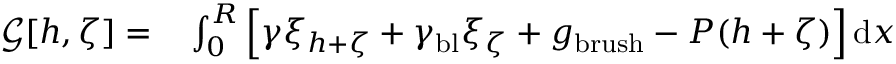
\begin{array} { r l } { \mathcal { G } [ h , \zeta ] = } & { { } \int _ { 0 } ^ { R } \left[ \gamma \xi _ { h + \zeta } + \gamma _ { \mathrm { b l } } \xi _ { \zeta } + g _ { \mathrm { b r u s h } } - P ( h + \zeta ) \right] \mathrm { d } x } \end{array}